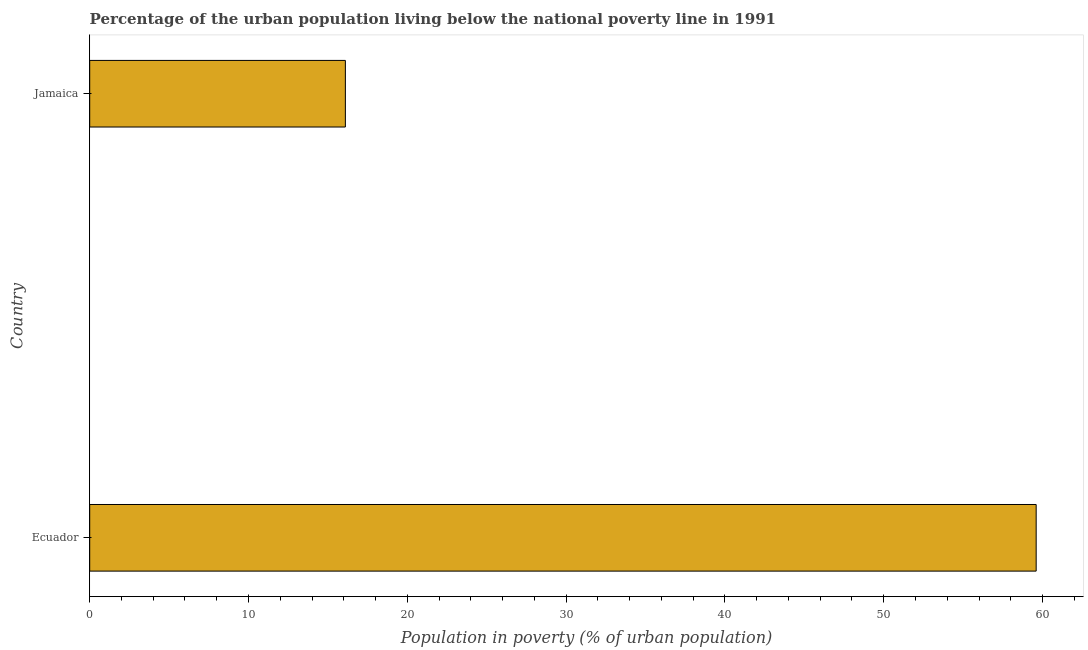
| Country | Urban poverty headcount ratio |
 | --- | --- |
 | Ecuador | 59.6 |
 | Jamaica | 16.1 |